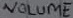
Text: VOLUME